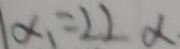
\alpha _ { 1 } = 2 2 _ { \alpha }